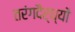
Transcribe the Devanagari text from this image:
तरंगदैर्ध्‍यों